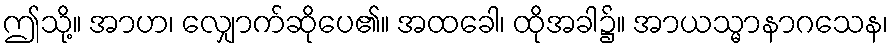
ဤသို့။ အာဟ၊ လျှောက်ဆိုပေ၏။ အထခေါ၊ ထိုအခါ၌။ အာယသ္မာနာဂသေန၊